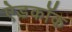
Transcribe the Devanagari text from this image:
ऐडकॉक